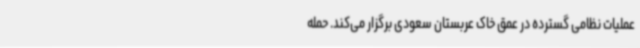
عملیات نظامی گسترده در عمق خاک عربستان سعودی برگزار می‌کند. حمله